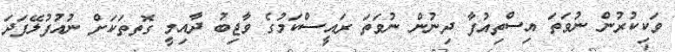
ވަކިކުރުން ނުވަތަ އިސްތިއުފާ ދިނުން ނުވަތަ ރައީސްކަމުގެ ވާޖިބު ދާއިމީ ގޮތތަކަށް ނުއުފުލޭފަދަ